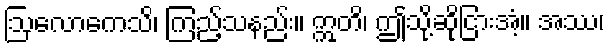
ဩလောကေသိ၊ ကြည့်သနည်း။ ဣတိ၊ ဤသို့ဆိုငြားအံ့။ အဿ၊